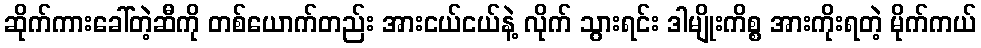
ဆိုက်ကားခေါ်တဲ့ဆီကို တစ်ယောက်တည်း အားငယ်ငယ်နဲ့ လိုက် သွားရင်း ဒါမျိုးကိစ္စ အားကိုးရတဲ့ မိုက်ကယ်